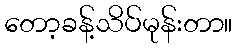
တော့ခန့်သိပ်မုန်းတာ။